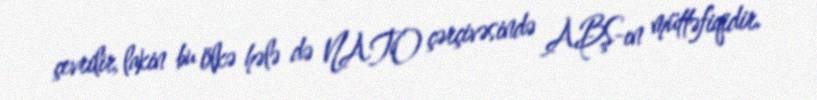
çevrilir, lakin bu ölkə hələ də NATO çərçivəsində ABŞ-ın müttəfiqidir.